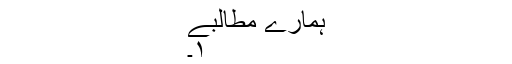
ہمارے مطالبے
۱۔